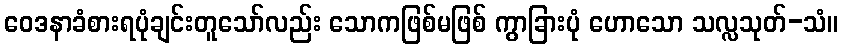
ဝေဒနာခံစားရပုံချင်းတူသော်လည်း သောကဖြစ်မဖြစ် ကွာခြားပုံ ဟောသော သလ္လသုတ်-သံ။